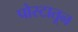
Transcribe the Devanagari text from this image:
पोस्टातून